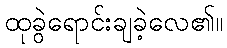
ထုခွဲရောင်းချခဲ့လေ၏။